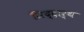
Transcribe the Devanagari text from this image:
सिद्दार्थ